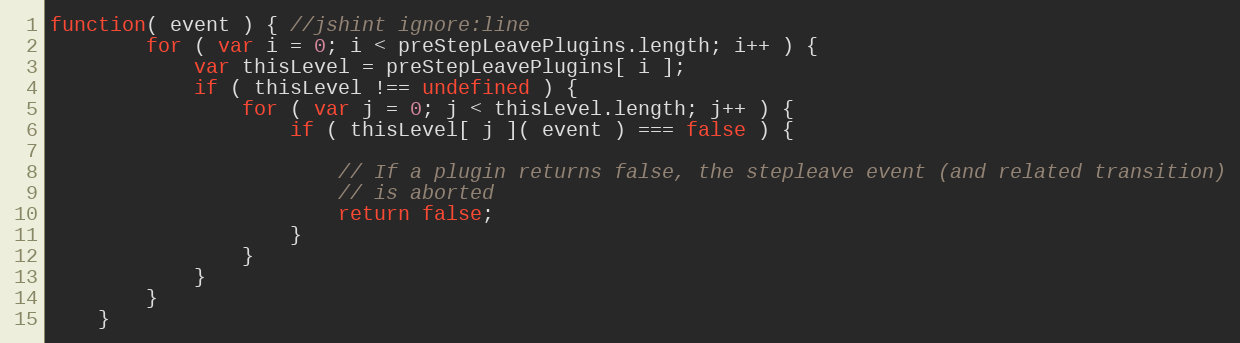
Language: JavaScript
function( event ) { //jshint ignore:line
        for ( var i = 0; i < preStepLeavePlugins.length; i++ ) {
            var thisLevel = preStepLeavePlugins[ i ];
            if ( thisLevel !== undefined ) {
                for ( var j = 0; j < thisLevel.length; j++ ) {
                    if ( thisLevel[ j ]( event ) === false ) {

                        // If a plugin returns false, the stepleave event (and related transition)
                        // is aborted
                        return false;
                    }
                }
            }
        }
    }